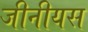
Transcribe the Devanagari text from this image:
जीनीयस